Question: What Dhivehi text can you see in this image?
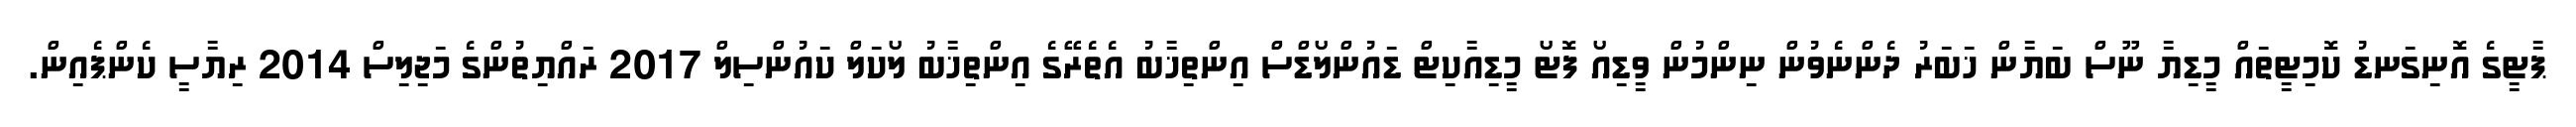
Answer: ޕާޓީގެ އޮނިގަނޑު ކޮމިޓީތައް މީޑިޔާ ނޫސް ބަޔާން ޚަބަރު ދެންނެވުން ނިންމުން ވީޑިއޯ ފޮޓޯ މީޑިއާކިޓް ޑައުންލޯޑްސް އިންތިޚާބު އެތެރޭގެ އިންތިޚާބު ލޯކަލް ކައުންސިލް 2017 ރައްޔިތުންގެ މަޖިލިސް 2014 ރިޔާސީ ކެންޕެއިން.